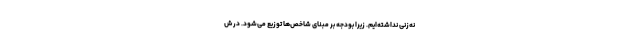
نه‌زنی نداشته‌ایم. زیرا بودجه بر مبنای شاخص‌ها توزیع می‌شود. در ش